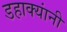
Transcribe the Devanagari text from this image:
डहाक्यांनी